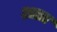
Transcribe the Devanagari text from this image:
आत्र